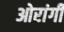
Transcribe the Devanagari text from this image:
ओरांगी